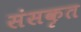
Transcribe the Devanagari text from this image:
संसकृत